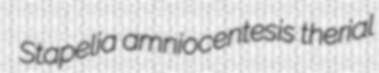
Stapelia amniocentesis therial